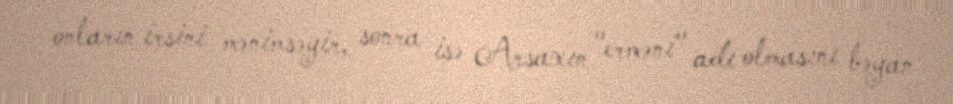
onların irsini mənimsəyir, sonra isə Arsaxın "erməni" adı olmasını bəyan